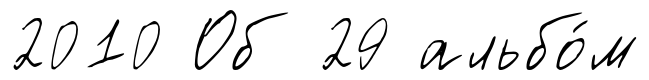
2010 Об 29 альбо́м